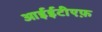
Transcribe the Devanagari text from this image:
आईईटीएफ़